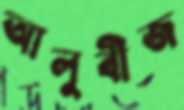
আলুবীজ